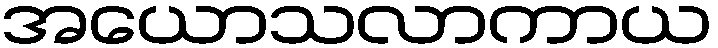
အယောသလာကာယ